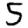
Digit: 5